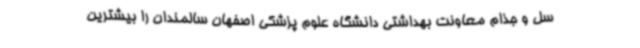
سل و جذام معاونت بهداشتی دانشگاه علوم پزشکی اصفهان سالمندان را بیشترین